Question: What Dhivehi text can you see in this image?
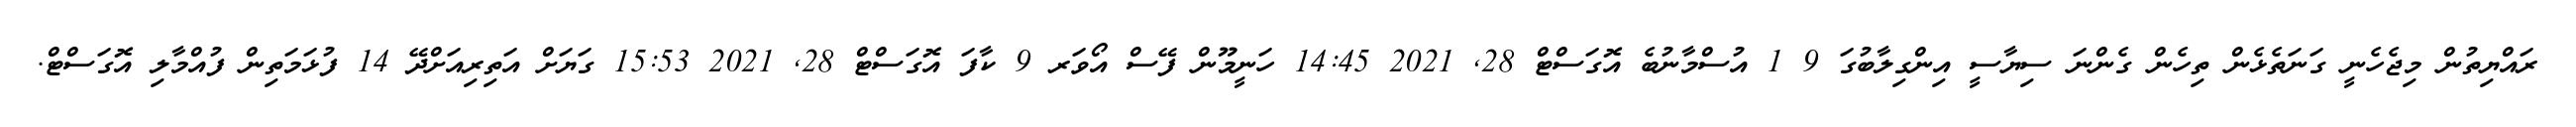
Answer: ރައްޔިތުން މިޖެހެނީ ގަނަތެޅެން ތިހެން ގެންނަ ސިޔާސީ އިންގިލާބުގަ 9 1 އުސްމާނުބެ އޮގަސްޓް 28, 2021 14:45 ހަނީމޫން ފޭސް އޯވަރ 9 ކާފަ އޮގަސްޓް 28, 2021 15:53 ގަޔަށް އަތިރިއަށްދޭ 14 ފުޅަމަތިން ފުއްމާލި އޮގަސްޓް.